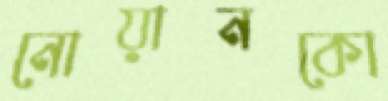
নোয়ানকো